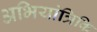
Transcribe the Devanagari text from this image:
अभियांत्रिकि